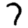
Digit: 7